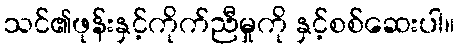
သင်၏ဖုန်းနှင့်ကိုက်ညီမှုကို နှင့်စစ်ဆေးပါ။